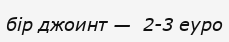
бір джоинт —  2-3 еуро